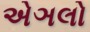
એઞલો